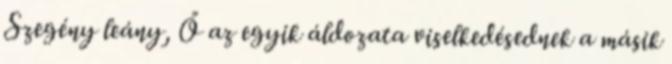
Szegény leány, Ő az egyik áldozata viselkedésednek a másik